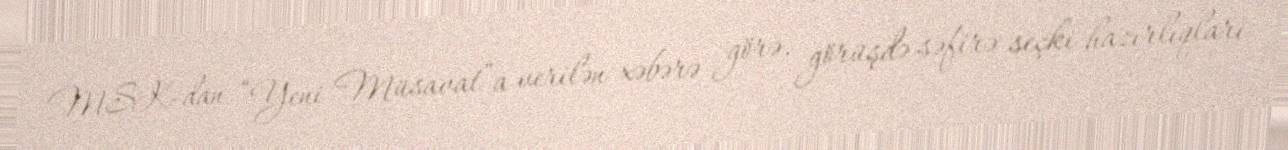
MSK-dan “Yeni Müsavat”a verilən xəbərə görə, görüşdə səfirə seçki hazırlıqları